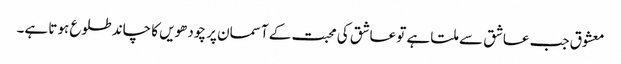
معشوق جب عاشق سے ملتا ہے تو عاشق کی محبت کے آسمان پر چودھویں کا چاند طلوع ہوتا ہے۔